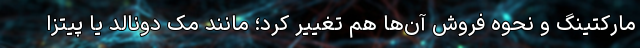
مارکتینگ و نحوه فروش ‌آن‌ها هم تغییر کرد؛ مانند مک دونالد یا پیتزا